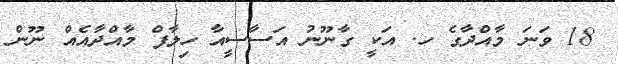
18 ވަނަ މާއްދާގެ ހ. އަކީ ގާނޫނު އަސާސީއާ ހިލާފް މާއްދާއެއް ނޫން